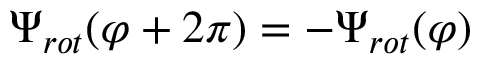
\Psi _ { r o t } ( \varphi + 2 \pi ) = - \Psi _ { r o t } ( \varphi )